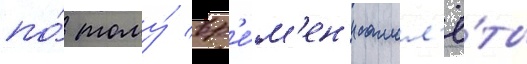
по́ тому́ вр'е́м'ен'и самол'ё́ты